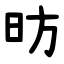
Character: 昉